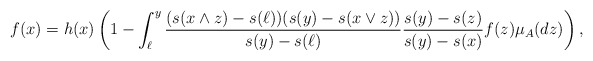
\begin{align*}f(x)=h(x)\left(1-\int_{\ell}^y \frac{(s(x\wedge z)-s(\ell))(s(y)-s(x\vee z))}{s(y)-s(\ell)}\frac{s(y)-s(z)}{s(y)-s(x)}f(z)\mu_A(dz)\right),\end{align*}